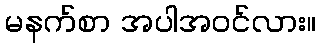
မနက်စာ အပါအဝင်လား။